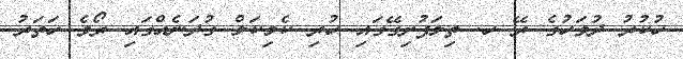
ހުކުރު ދުވަހުގެ ރޭ ހ. ތިލަފުށިގޭގައި ހުރި ކެމިކަލް ގުދަނެއްގައި ރޯވެ ހަތަރު